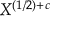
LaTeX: X ^ { ( 1 / 2 ) + c }